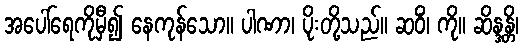
အပေါ်ရေကိုမှီ၍ နေကုန်သော။ ပါဏာ၊ ပိုးတို့သည်။ ဆဝိံ၊ ကို။ ဆိန္ဒန္တိ၊